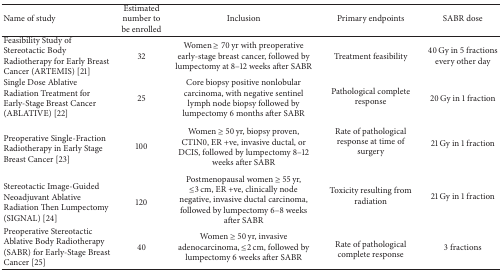
<table><thead><tr><td><b>Name of study</b></td><td><b>Estimated number to be enrolled</b></td><td><b>Inclusion</b></td><td><b>Primary endpoints</b></td><td><b>SABR dose</b></td></tr></thead><tbody><tr><td>Feasibility Study of Stereotactic Body Radiotherapy for Early Breast Cancer (ARTEMIS) [21]</td><td>32</td><td>Women ≥ 70 yr with preoperative early-stage breast cancer, followed by lumpectomy at 8–12 weeks after SABR</td><td>Treatment feasibility</td><td>40 Gy in 5 fractions every other day</td></tr><tr><td>Single Dose Ablative Radiation Treatment for Early-Stage Breast Cancer (ABLATIVE) [22]</td><td> 25</td><td>Core biopsy positive nonlobular carcinoma, with negative sentinel lymph node biopsy followed by lumpectomy 6 months after SABR</td><td> Pathological complete response</td><td>20 Gy in 1 fraction</td></tr><tr><td>Preoperative Single-Fraction Radiotherapy in Early Stage Breast Cancer [23]</td><td> 100</td><td> Women ≥ 50 yr, biopsy proven, CT1N0, ER +ve, invasive ductal, or DCIS, followed by lumpectomy 8–12 weeks after SABR</td><td> Rate of pathological response at time of surgery</td><td> 21 Gy in 1 fraction</td></tr><tr><td>Stereotactic Image-Guided Neoadjuvant Ablative Radiation Then Lumpectomy (SIGNAL) [24]</td><td>120</td><td> Postmenopausal women ≥ 55 yr, ≤3 cm, ER +ve, clinically node negative, invasive ductal carcinoma, followed by lumpectomy 6–8 weeks after SABR</td><td> Toxicity resulting from radiation</td><td> 21 Gy in 1 fraction</td></tr><tr><td>Preoperative Stereotactic Ablative Body Radiotherapy (SABR) for Early-Stage Breast Cancer [25]</td><td>40</td><td>Women ≥ 50 yr, invasive adenocarcinoma, ≤2 cm, followed by lumpectomy 6 weeks after SABR</td><td> Rate of pathological complete response</td><td>3 fractions</td></tr></tbody></table>